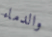
والدماء